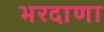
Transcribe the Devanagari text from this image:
भरदाणा